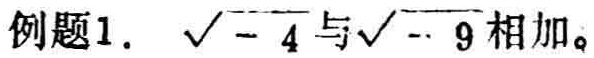
例题1. $\sqrt{-4}$与$\sqrt{-9}$相加。